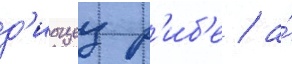
д'иоцез р'иб'е / а́